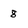
Character: 8